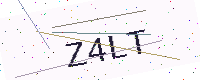
Text: Z4LT